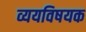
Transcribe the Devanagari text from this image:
व्ययविषयक